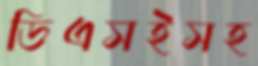
ডিএসইসহ